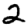
Digit: 2